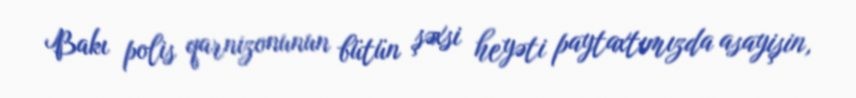
Bakı polis qarnizonunun bütün şəxsi heyəti paytaxtımızda asayişin,